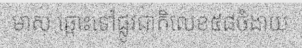
មាស ឆ្ពោះទៅផ្លូវជាតិលេខ៥៨ចំងាយ